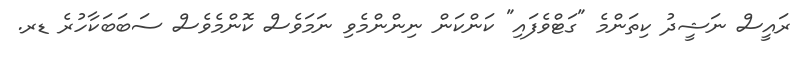
ރައީސް ނަޝީދު ކިތަންމެ "ގަޓްވެފައި" ކަންކަން ނިންންމެވި ނަމަވެސް ކޮންމެވެސް ސަބަބަކާހުރެ ޑރ.